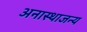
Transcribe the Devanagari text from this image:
अनास्थाजन्य